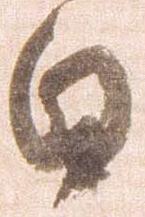
日